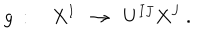
LaTeX: g \ : \quad X ^ { I } \ \ \rightarrow \ \ U ^ { I J } X ^ { J } \ .